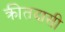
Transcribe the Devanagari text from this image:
क्रीतदासी